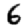
Digit: 6